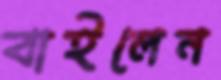
বাইলেন